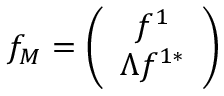
f _ { M } = \left( \begin{array} { c } { { f ^ { 1 } } } \\ { { \Lambda f ^ { 1 * } } } \end{array} \right)